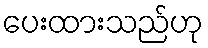
ပေးထားသည်ဟု